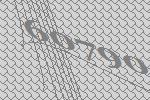
60790